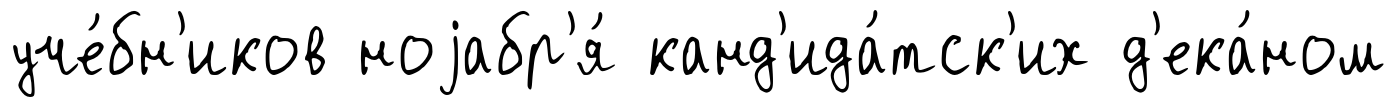
уче́бн'иков ноjабр'я́ канд'ида́тск'их д'ека́ном